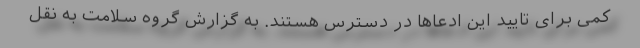
کمی برای تایید این ادعاها در دسترس هستند. به گزارش گروه سلامت به نقل